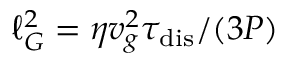
\ell _ { G } ^ { 2 } = \eta v _ { g } ^ { 2 } \tau _ { \mathrm { d i s } } / ( 3 P )